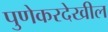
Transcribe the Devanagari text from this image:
पुणेकरदेखील